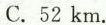
C. 52 km.